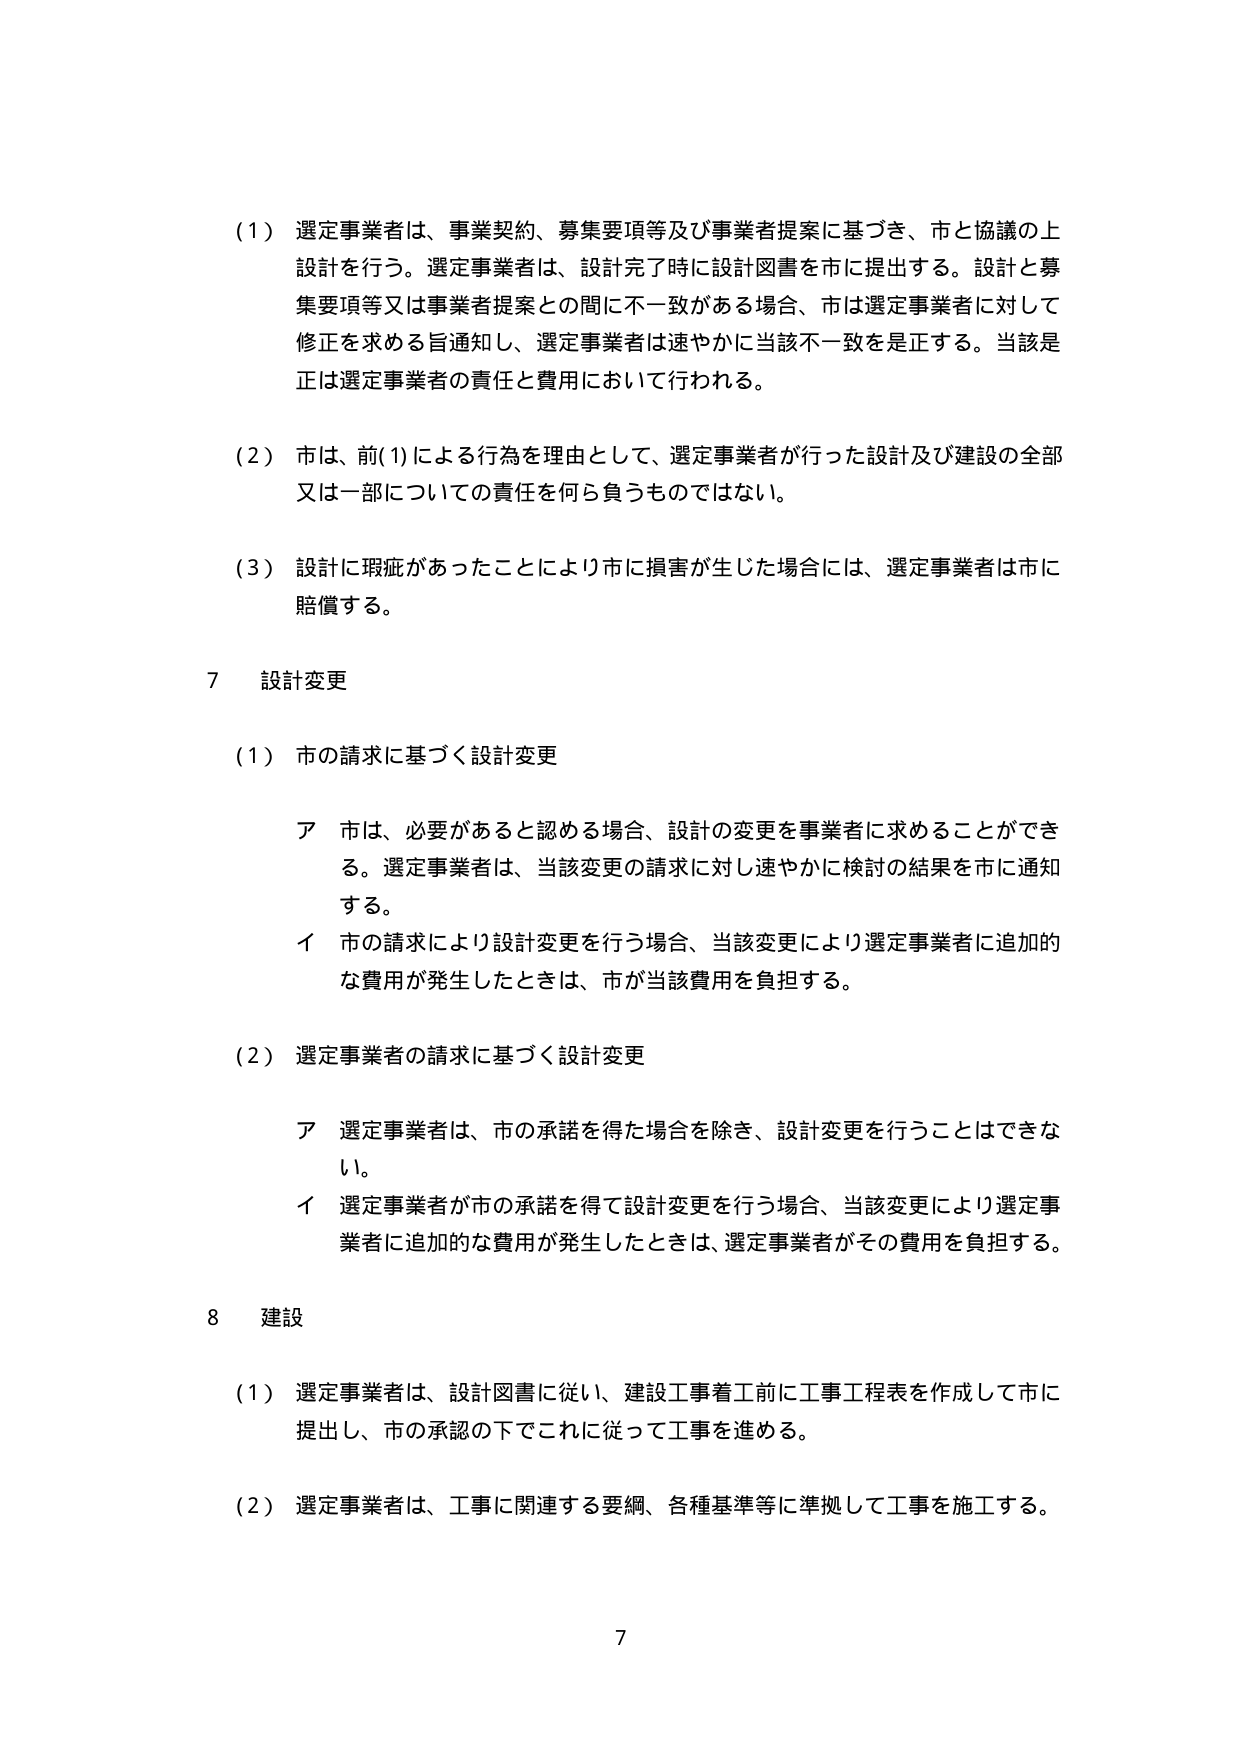
（１）選定事業者は、事業契約、募集要項等及び事業者提案に基づき、市と協議の上設計を行う。選定事業者は、設計完了時に設計図書を市に提出する。設計と募集要項等又は事業者提案との間に不一致がある場合、市は選定事業者に対して修正を求める旨通知し、選定事業者は速やかに当該不一致を是正する。当該是正は選定事業者の責任と費用において行われる。

（２）市は、前(1)による行為を理由として、選定事業者が行った設計及び建設の全部又は一部についての責任を何ら負うものではない。

（３）設計に瑕疵があったことにより市に損害が生じた場合には、選定事業者は市に賠償する。

７　設計変更

（１）市の請求に基づく設計変更

　ア　市は、必要があると認める場合、設計の変更を事業者に求めることができる。選定事業者は、当該変更の請求に対し速やかに検討の結果を市に通知する。

　イ　市の請求により設計変更を行う場合、当該変更により選定事業者に追加的な費用が発生したときは、市が当該費用を負担する。

（２）選定事業者の請求に基づく設計変更

　ア　選定事業者は、市の承諾を得た場合を除き、設計変更を行うことはできない。

　イ　選定事業者が市の承諾を得て設計変更を行う場合、当該変更により選定事業者に追加的な費用が発生したときは、選定事業者がその費用を負担する。

８　建設

（１）選定事業者は、設計図書に従い、建設工事着工前に工事工程表を作成して市に提出し、市の承認の下でこれに従って工事を進める。

（２）選定事業者は、工事に関連する要綱、各種基準等に準拠して工事を施工する。

7